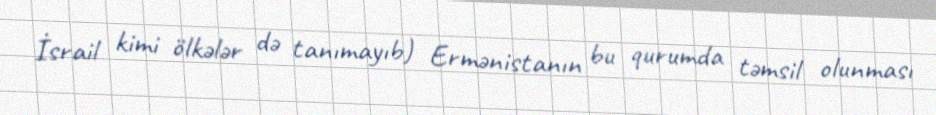
İsrail kimi ölkələr də tanımayıb) Ermənistanın bu qurumda təmsil olunması